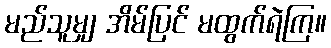
မည်သူမျှ အိမ်ပြင် မထွက်ရဲကြ။